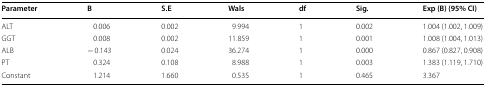
<table><thead><tr><td><b>Parameter</b></td><td><b>B</b></td><td><b>S.E</b></td><td><b>Wals</b></td><td><b>df</b></td><td><b>Sig.</b></td><td><b>Exp (B) (95% CI)</b></td></tr></thead><tbody><tr><td>ALT</td><td>0.006</td><td>0.002</td><td>9.994</td><td>1</td><td>0.002</td><td>1.004 (1.002, 1.009)</td></tr><tr><td>GGT</td><td>0.008</td><td>0.002</td><td>11.859</td><td>1</td><td>0.001</td><td>1.008 (1.004, 1.013)</td></tr><tr><td>ALB</td><td>− 0.143</td><td>0.024</td><td>36.274</td><td>1</td><td>0.000</td><td>0.867 (0.827, 0.908)</td></tr><tr><td>PT</td><td>0.324</td><td>0.108</td><td>8.988</td><td>1</td><td>0.003</td><td>1.383 (1.119, 1.710)</td></tr><tr><td>Constant</td><td>1.214</td><td>1.660</td><td>0.535</td><td>1</td><td>0.465</td><td>3.367</td></tr></tbody></table>